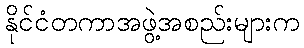
နိုင်ငံတကာအဖွဲ့အစည်းများက